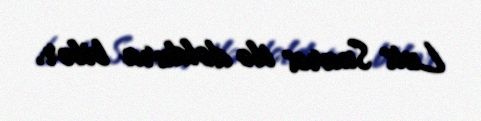
Luis Suares ilə doldura bilər.